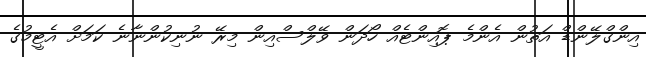
އިންގްލޭންޑް އަތުން އެންމެ ޕޮއިންޓެއް ހޯދަން ވޭލްސްއިން މިރޭ ނުނިކުންނާނެ ކަމަށް އެޓީމުގެ